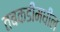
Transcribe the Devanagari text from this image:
तबकडीमधील